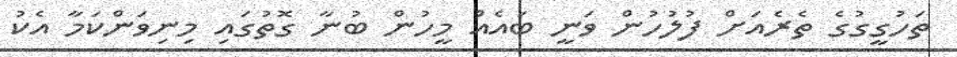
ތަހުގީގުގެ ތެރެއަށް ފުލުހުން ވަނީ ބައެއް މީހުން ބުނާ ގޮތުގައި މިނިވަންކަމާ އެކު